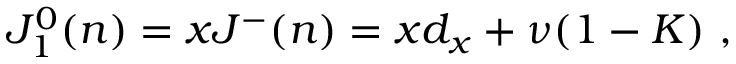
J _ { 1 } ^ { 0 } ( n ) = x J ^ { - } ( n ) = x d _ { x } + \nu ( 1 - K ) \ ,